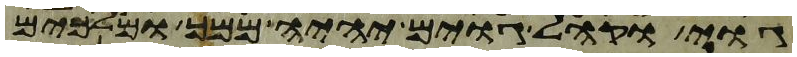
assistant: גוי וקהל גוים יהיה ממך ומלכים